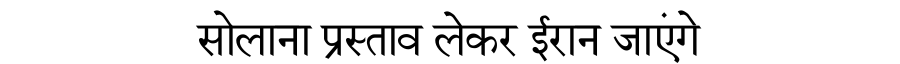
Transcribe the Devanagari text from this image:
सोलाना प्रस्ताव लेकर ईरान जाएंगे